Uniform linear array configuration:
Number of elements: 64
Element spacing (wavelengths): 0.5
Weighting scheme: cosine
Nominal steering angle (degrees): -45
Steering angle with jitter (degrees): -46.077
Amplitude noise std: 0.05
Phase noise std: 0.05

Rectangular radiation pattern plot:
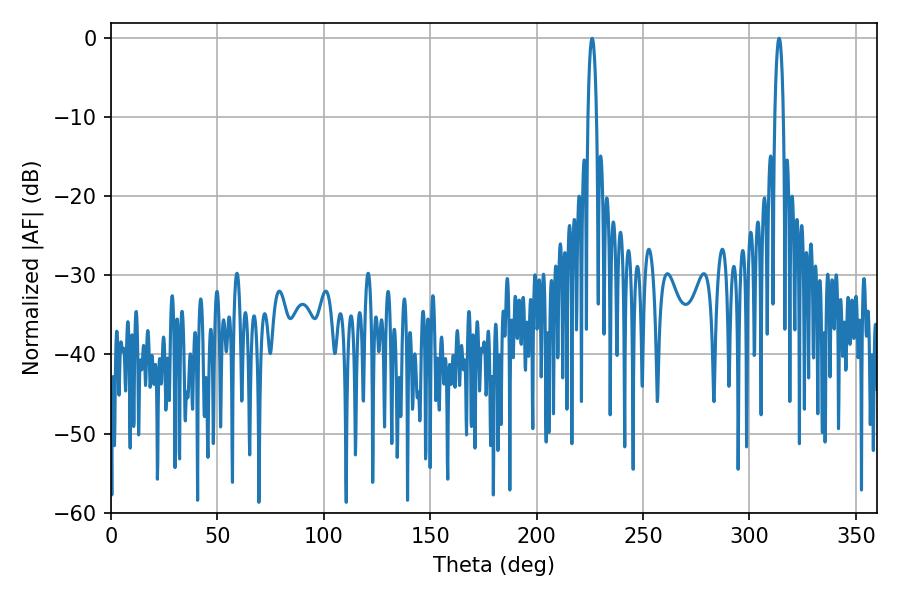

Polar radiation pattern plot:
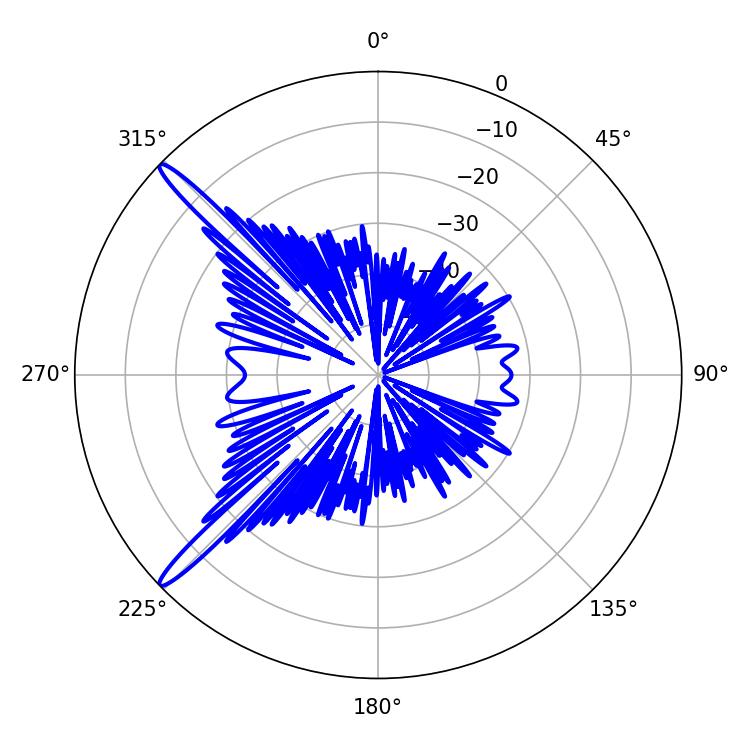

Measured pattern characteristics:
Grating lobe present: FALSE
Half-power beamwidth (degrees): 2.16
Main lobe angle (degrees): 226.08